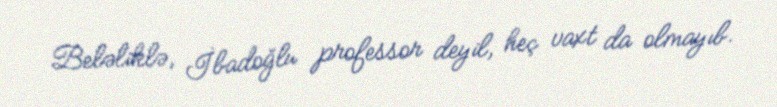
Beləliklə, İbadoğlu professor deyil, heç vaxt da olmayıb.